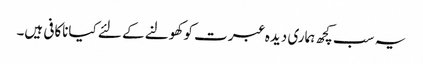
یہ سب کچھ ہماری دیدہ عبرت کو کھولنے کے لئے کیاناکافی ہیں۔